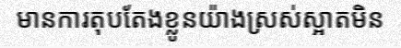
មានការតុបតែងខ្លូនយ៉ាងស្រស់ស្អាតមិន